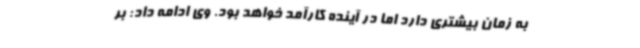
به زمان بیشتری دارد اما در آینده کارآمد خواهد بود. وی ادامه داد: بر